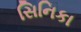
સિનિકા